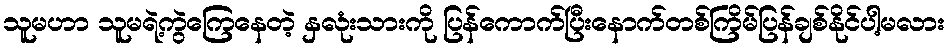
သူမဟာ သူမရဲ့ကွဲကြေနေတဲ့ နှလုံးသားကို ပြန်ကောက်ပြီးနောက်တစ်ကြိမ်ပြန်ချစ်နိုင်ပါ့မလား